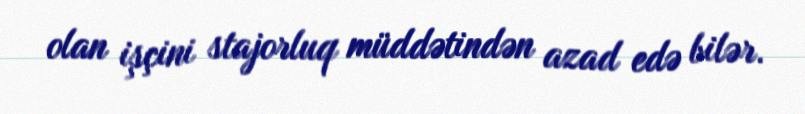
olan işçini stajorluq müddətindən azad edə bilər.